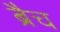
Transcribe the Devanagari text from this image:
ब्रैच